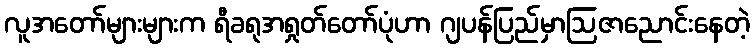
လူအတော်များများက ရီခရုအရှုတ်တော်ပုံဟာ ဂျပန်ပြည်မှာဩဇာညောင်းနေတဲ့